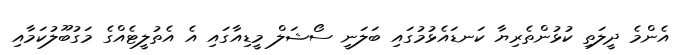
އެންމެ ދީލަތި ކުޅުންތެރިޔާ ކަނޑައެޅުމުގައި ބަލަނީ ސޯޝަލް މީޑިއާގައި އެ އެތުލީޓެއްގެ މަގުބޫލުކަމާއި